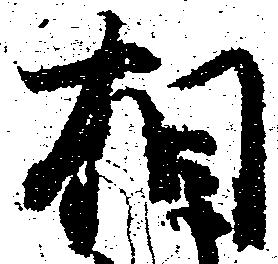
相